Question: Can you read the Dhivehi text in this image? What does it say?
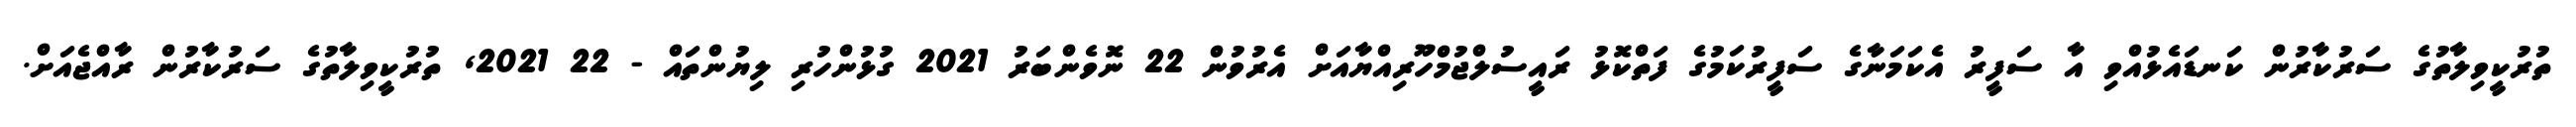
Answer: ތުރުކީވިލާތުގެ ސަރުކާރުން ކަނޑައެޅުއްވި އާ ސަފީރު އެކަމަނާގެ ސަފީރުކަމުގެ ފަތްކޮޅު ރައީސުލްޖުމްހޫރިއްޔާއަށް އެރުވުން 22 ނޮވެންބަރު 2021 ގުޅުންހުރި ލިޔުންތައް - 22 2021, ތުރުކީވިލާތުގެ ސަރުކާރުން ރާއްޖެއަށް.